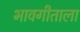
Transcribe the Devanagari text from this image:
भावगीताला